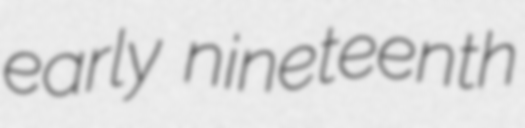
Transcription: early nineteenth